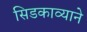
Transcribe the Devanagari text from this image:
सिडकाव्याने